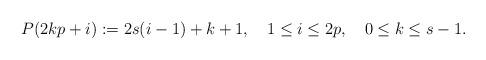
LaTeX: \begin{align*}P(2kp+i):=2s(i-1)+k+1, \quad 1\leq i\leq 2p,\quad 0\leq k\leq s-1.\end{align*}